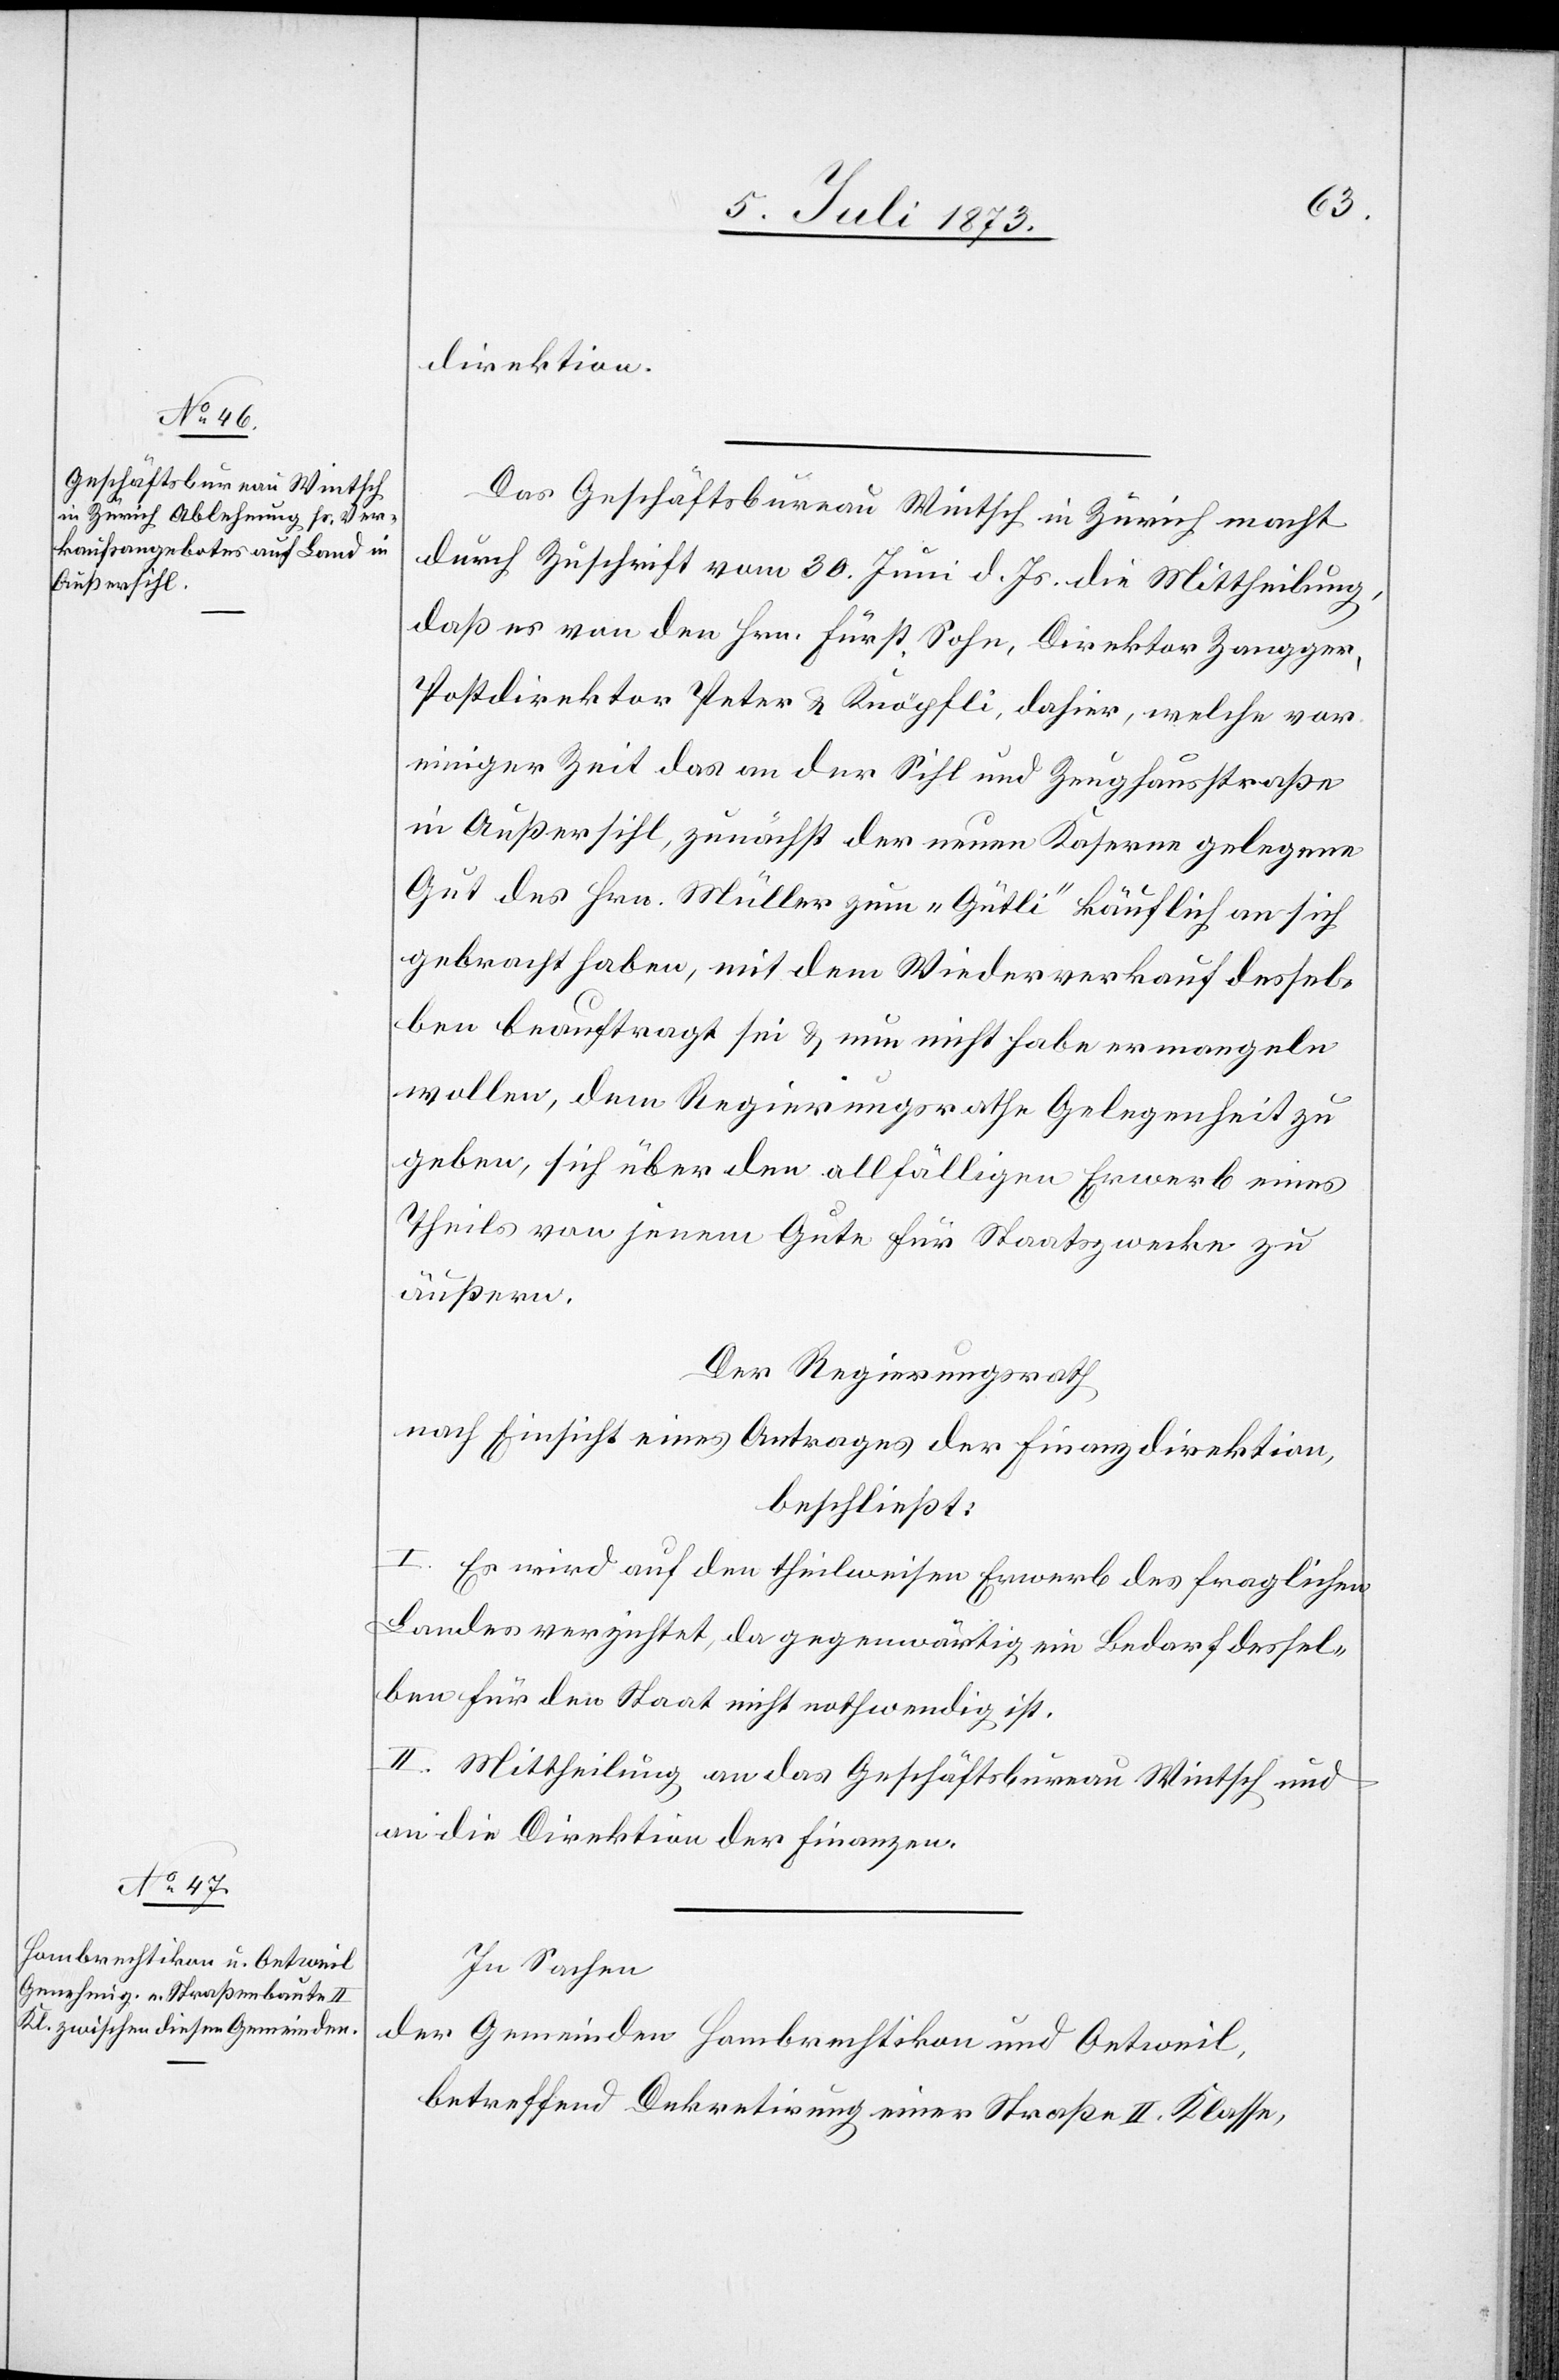
direktion.
Das Geschäftsbureau Wintsch in Zürich macht
durch Zuschrift vom 30. Juni d. Js. die Mittheilung,
daß es von den Hrn. Fürst, Sohn, Direktor Zangger,
Postdirektor Peter & Knöpfli, dahier, welche vor
einiger Zeit das an der Sihl und Zeughausstraße
in Außersihl, zunächst der neuen Kaserne gelegene
Gut des Hrn. Müller zum „Gütli“ käuflich an sich
gebracht haben, mit dem Wiederverkauf dessel¬
ben beauftragt sei & nun nicht habe ermangeln
wollen, dem Regierungsrathe Gelegenheit zu
geben, sich über den allfälligen Erwerb eines
Theils von jenem Gute für Staatszwecke zu
äußern.
Der Regierungsrath
nach Einsicht eines Antrages der Finanzdirektion,
beschließt:
I. Es wird auf den theilweisen Erwerb des fraglichen
Landes verzichtet, da gegenwärtig ein Bedarf dessel¬
ben für den Staat nicht nothwendig ist.
II. Mittheilung an das Geschäftsbureau Wintsch und
an die Direktion der Finanzen.
In Sachen
der Gemeinden Hombrechtikon und Oetweil,
betreffend Dekretirung einer Straße II. Klasse,